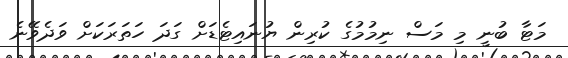
މަޓާ ބުނީ މި މަސް ނިމުމުގެ ކުރިން ޔުނައިޓެޑަށް ގަދަ ހަތަރަކަށް ވަދެވޭނެ